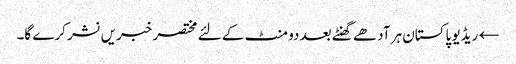
← ریڈیو پاکستان ہر آدھے گھنٹے بعد دو منٹ کے لئے مختصر خبریں نشر کرے گا۔